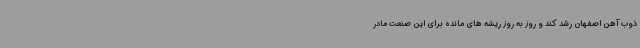
ذوب آهن اصفهان رشد کند و روز به روز ریشه های مانده برای این صنعت مادر